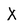
Character: X